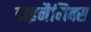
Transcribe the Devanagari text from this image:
डाइनैमिक्स